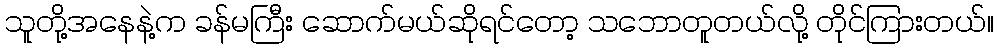
သူတို့အနေနဲ့က ခန်မကြီး ဆောက်မယ်ဆိုရင်တော့ သဘောတူတယ်လို့ တိုင်ကြားတယ်။